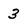
Character: 3